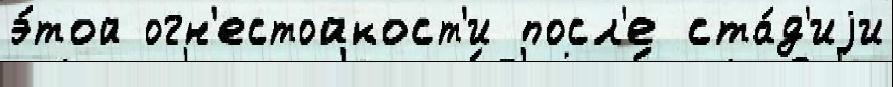
э́той огн'естойкост'и посл'е ста́д'иjи